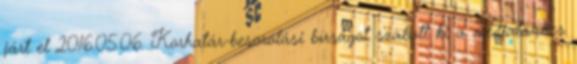
járt el 2016.05.06. Korhatár-besorolási bírságot szabott ki a médiatanács